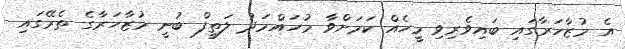
އެ މުޒާހަރާގައި ބައިވެރިވި މީހެއް ކަމަށްވާ މުހައްމަދު ލަތީފް ބުނީ މުޒާހަރާގެ ތެރޭގައި